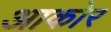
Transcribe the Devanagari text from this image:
आकोर